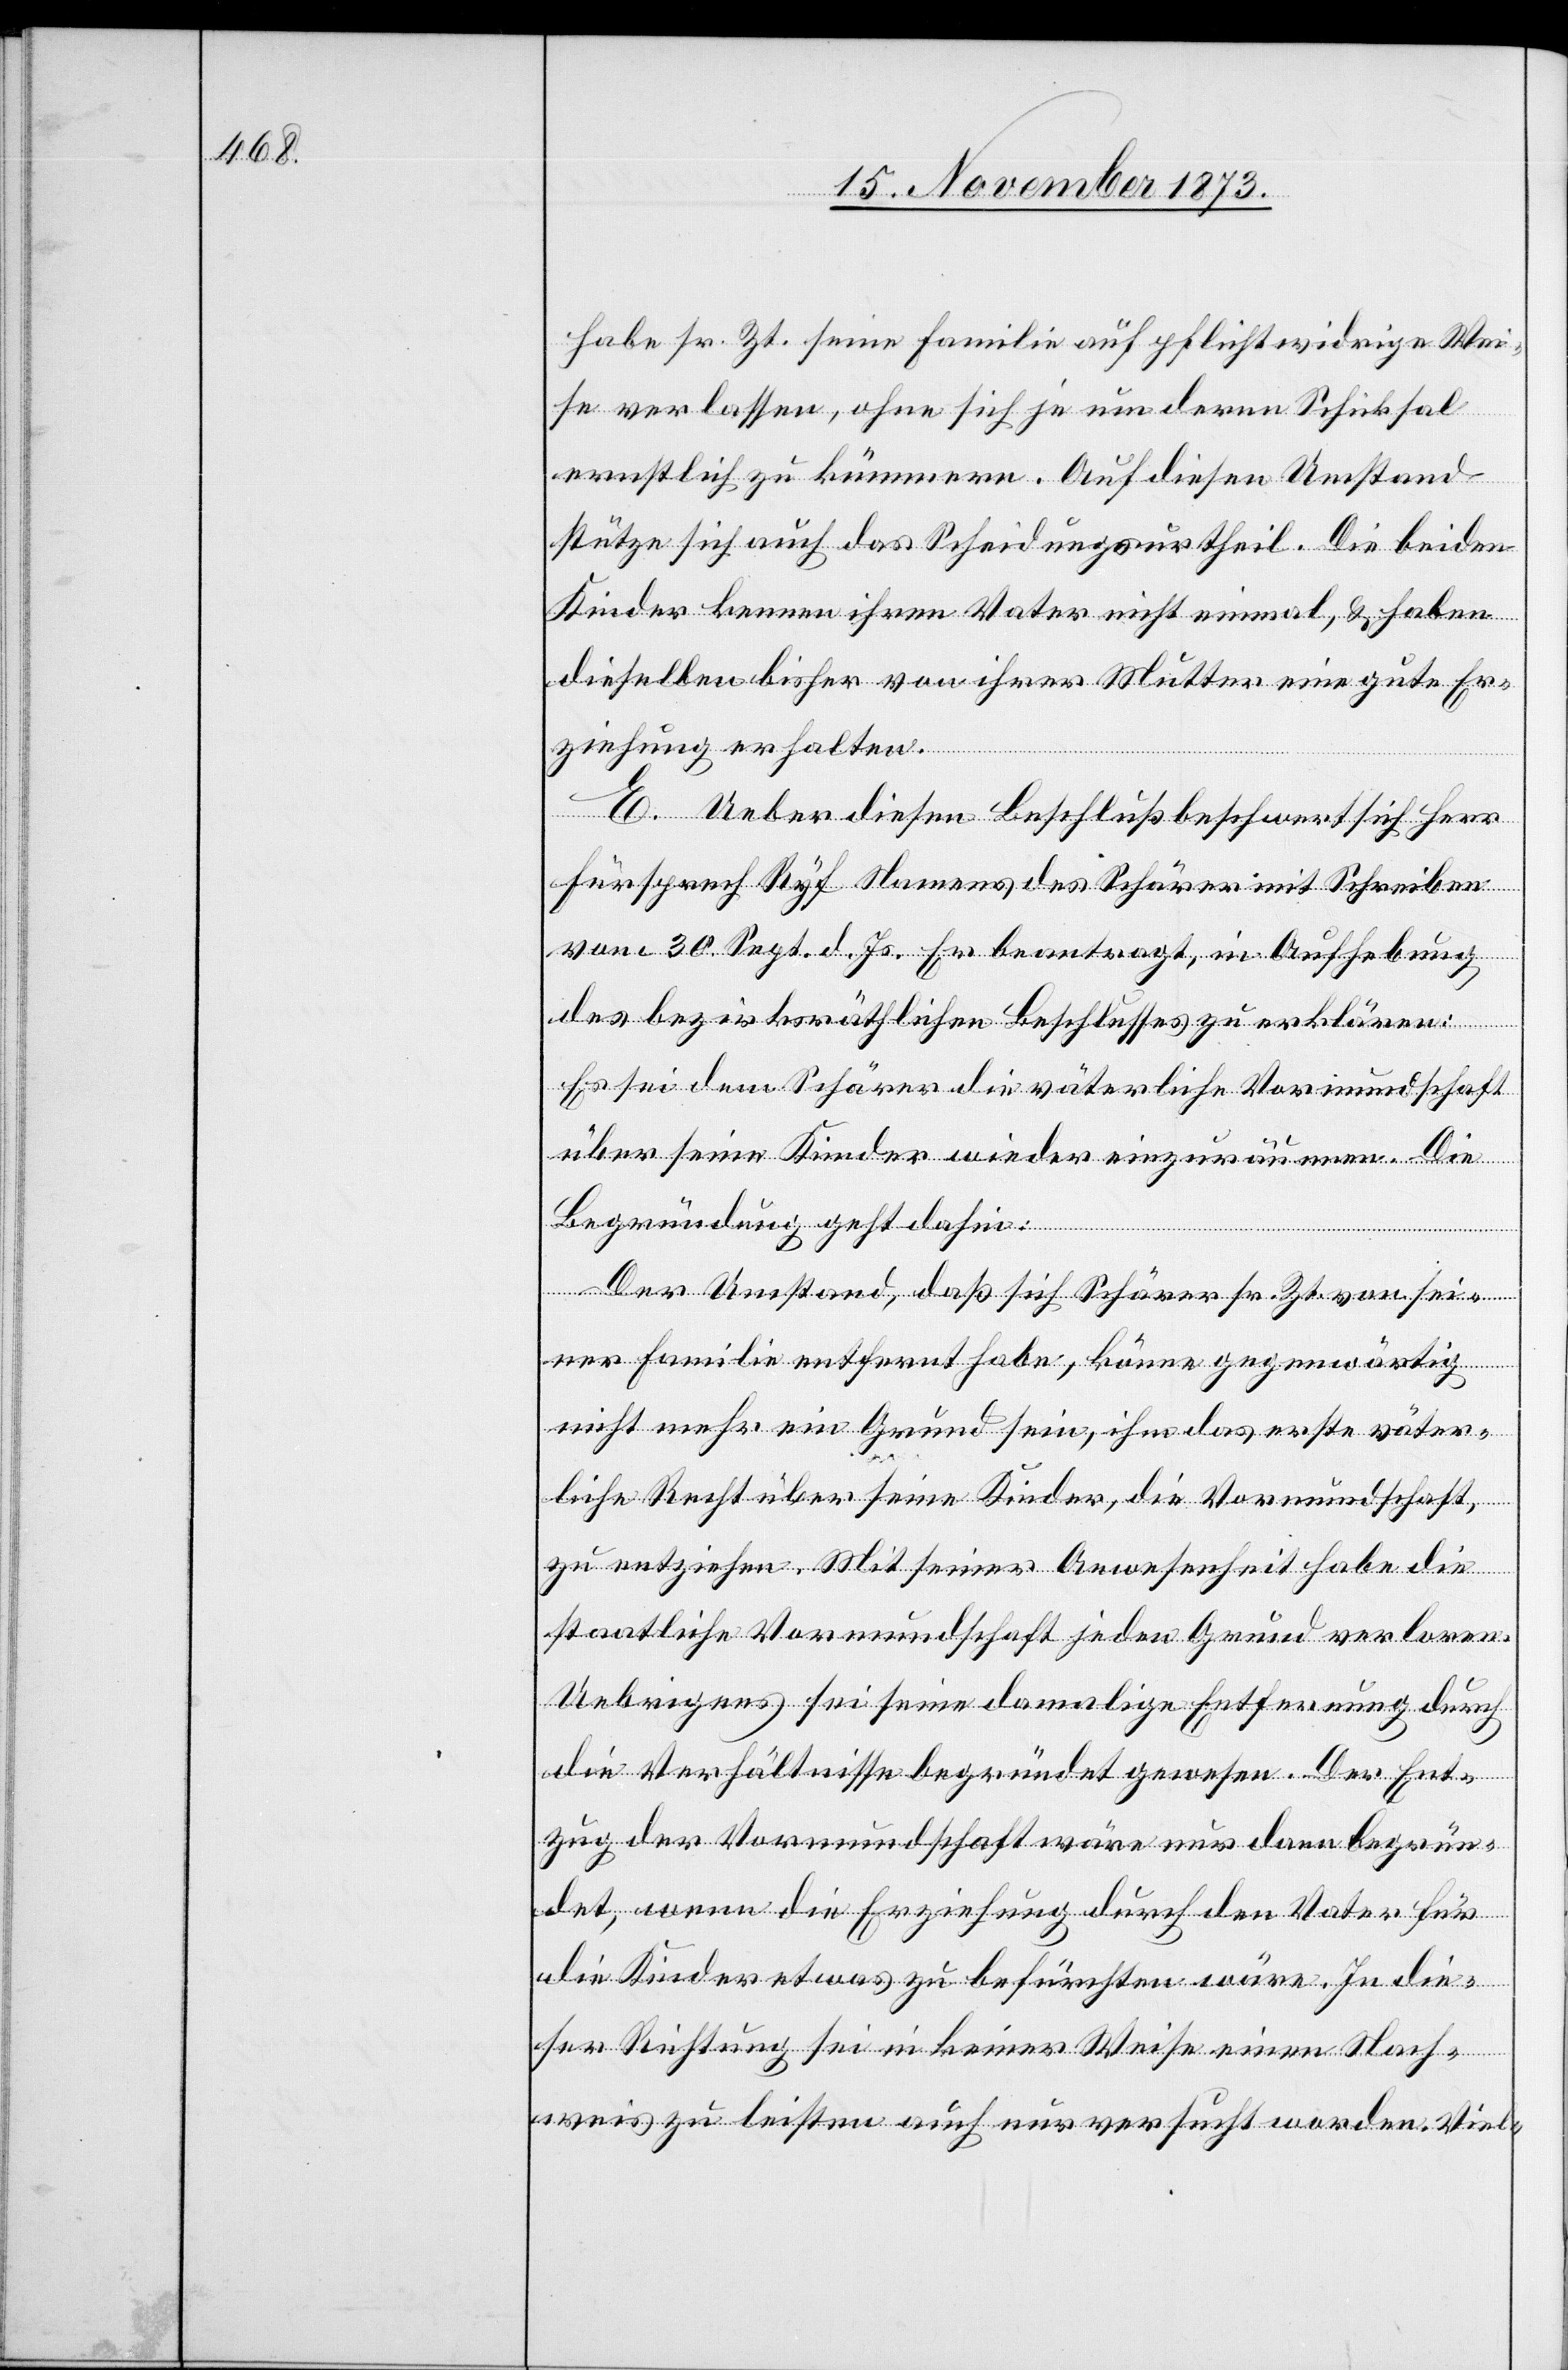
habe sr. Zt. seine Familie auf pflichtwidrige Wei¬
se verlassen, ohne sich je um deren Schicksal
ernstlich zu kümmern. Auf diesen Umstand
stütze sich auch das Scheidungsurtheil. Die beiden
Kinder kennen ihren Vater nicht einmal, & haben
dieselben bisher von ihrer Mutter eine gute Er¬
ziehung erhalten.
E. Ueber diesen Beschluß beschwert sich Herr
Fürsprech Ryf Namens des Schärer mit Schreiben
vom 30. Sept. d. Js. Er beantragt, in Aufhebung
des bezirksräthlichen Beschlusses zu erklären:
Es sei dem Schärer die väterliche Vormundschaft
über seine Kinder wieder einzuräumen. Die
Begründung geht dahin:
Der Umstand, daß sich Schärer sr. Zt. von sei¬
ner Familie entfernt habe, könne gegenwärtig
nicht mehr ein Grund sein, ihm das erste väter¬
liche Recht über seine Kinder, die Vormundschaft,
zu entziehen. Mit seiner Anwesenheit habe die
staatliche Vormundschaft jeden Grund verloren.
Uebrigens sei seine damalige Entfernung durch
die Verhältnisse begründet gewesen. Der Ent¬
zug der Vormundschaft wäre nur dann begrün¬
det, wenn die Erziehung durch den Vater für
die Kinder etwas zu befürchten wäre. In die¬
ser Richtung sei in keiner Weise einen Nach¬
weis zu leisten auch nur versucht worden. Viel-